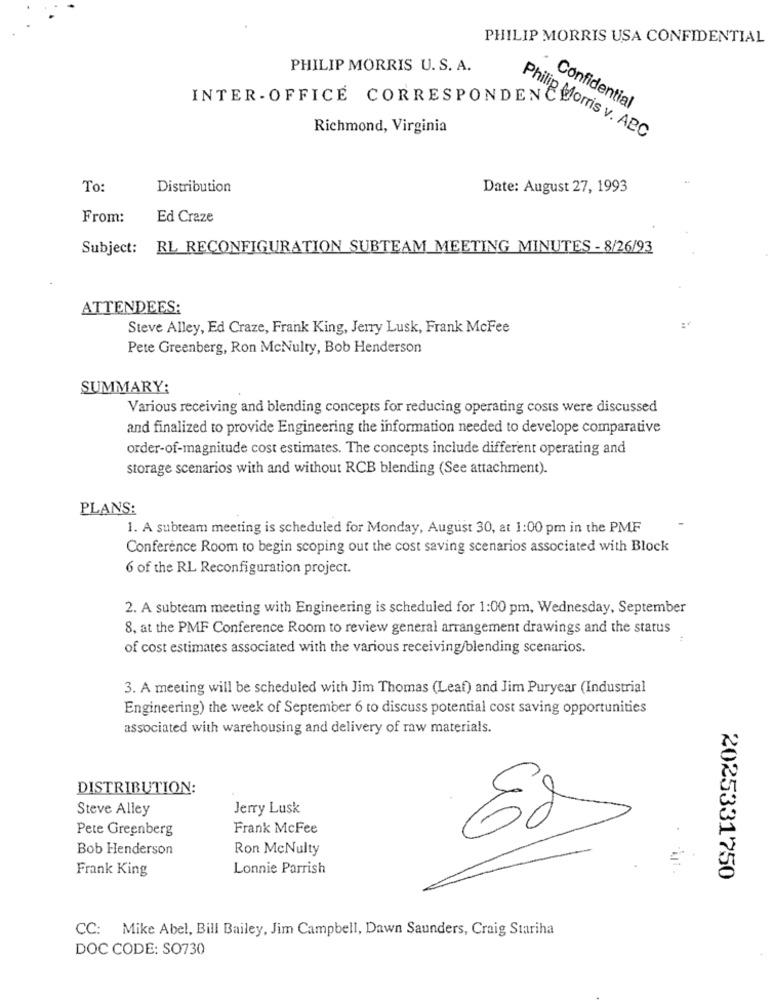
PHILIP MORRIS USA CONFIDENTIAL
PHILIP MORRIS U. S. A.
INTER - OFFICE CORRESPONDENCE
Confidential
Richmond, Virginia
Philip Morris v. ABC
To:
Distribution
Date: August 27, 1993
From:
Ed Craze
Subject: RL RECONFIGURATION SUBTEAM MEETING MINUTES - 8/26/93
ATTENDEES:
Steve Alley, Ed Craze, Frank King, Jerry Lusk, Frank McFee
Pete Greenberg, Ron McNulty, Bob Henderson
SUMMARY:
Various receiving and blending concepts for reducing operating costs were discussed
and finalized to provide Engineering the information needed to develope comparative
order-of-magnitude cost estimates. The concepts include different operating and
Storage scenarios with and without RCB blending (See attachment).
PLANS:
1. A subteam meeting is scheduled for Monday, August 30, at 1:00 pm in the PMF
Conference Room to begin scoping out the cost saving scenarios associated with Block
6 of the RL Reconfiguration project.
2. A subteam meeting with Engineering is scheduled for 1:00 pm, Wednesday, September
8, at the PMF Conference Room to review general arrangement drawings and the status
of cost estimates associated with the various receiving/blending scenarios.
3. A meeting will be scheduled with Jim Thomas (Leaf) and Jim Puryear (Industrial
Engineering) the week of September 6 to discuss potential cost saving opportunities
associated with warehousing and delivery of raw materials.
DISTRIBUTION:
Steve Alley
Jerry Lusk
Pete Greenberg
Frank McFee
Bob Henderson
Ron McNulty
Frank King
Lonnie Parrish
2025331750
CC: Mike Abel, Bill Bailey, Jim Campbell, Dawn Saunders, Craig Stariha
DOC CODE: SO730